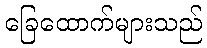
ခြေထောက်များသည်